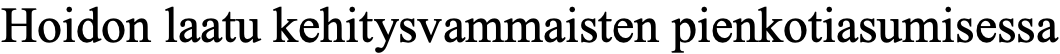
Hoidon laatu kehitysvammaisten pienkotiasumisessa